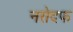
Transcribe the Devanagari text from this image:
नरोदफ